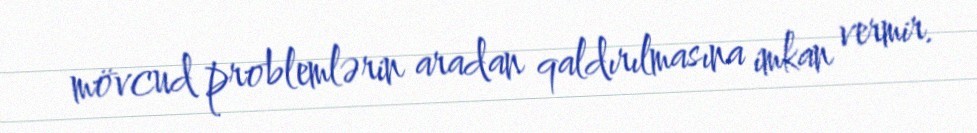
mövcud problemlərin aradan qaldırılmasına imkan vermir.